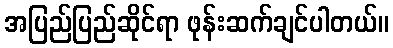
အပြည်ပြည်ဆိုင်ရာ ဖုန်းဆက်ချင်ပါတယ်။